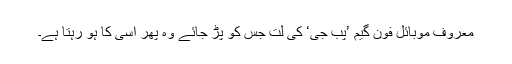
معروف موبائل فون گیم ’پب جی‘ کی لت جس کو پڑ جائے وہ پھر اسی کا ہو رہتا ہے۔